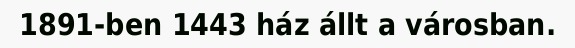
1891-ben 1443 ház állt a városban.